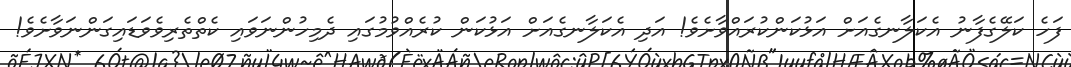
ފަހެ ކަލޭގެފާނު އެކަލާނގެއަށް އަޅުކަންކުރައްވާށެވެ! އަދި އެކަލާނގެއަށް އަޅުކަން ކުރެއްވުމުގައި ދެމިހުންނަވައި ކެތްތެރިވެވަޑައިގަންނަވާށެވެ!